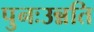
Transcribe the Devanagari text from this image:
पुनःउन्नति